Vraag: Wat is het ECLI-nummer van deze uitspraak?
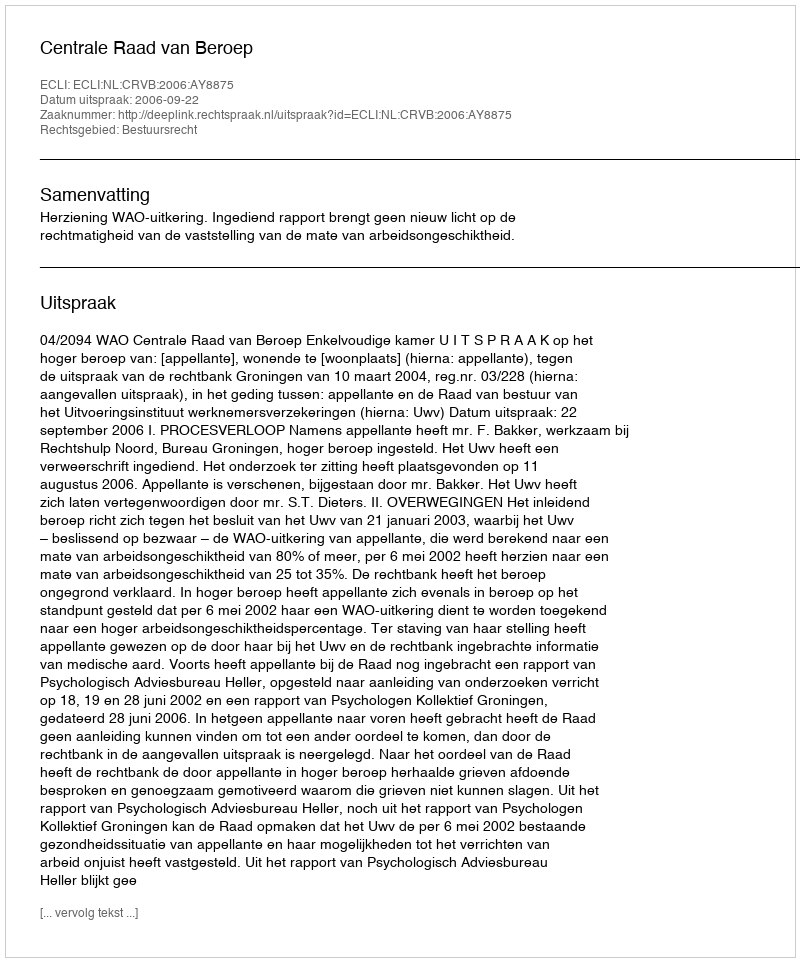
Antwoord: ECLI:NL:CRVB:2006:AY8875